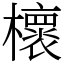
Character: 櫰